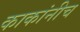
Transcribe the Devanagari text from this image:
काकांनीच